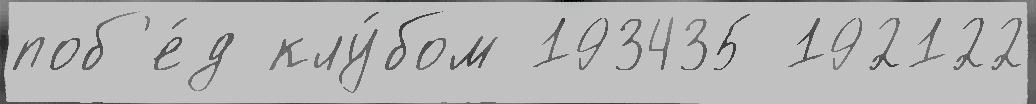
поб'е́д клу́бом 193435 192122